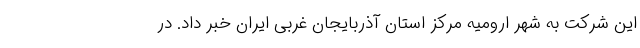
این شرکت به شهر ارومیه مرکز استان آذربایجان غربی ایران خبر داد. در